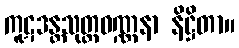
ကူဋဒန္တသုတ္တဝဏ္ဏနာ နိဋ္ဌိတာ။